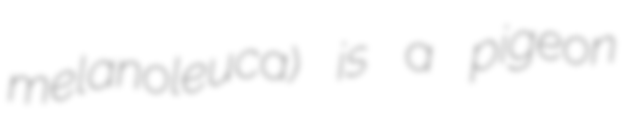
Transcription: melanoleuca) is a pigeon